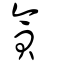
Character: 貪